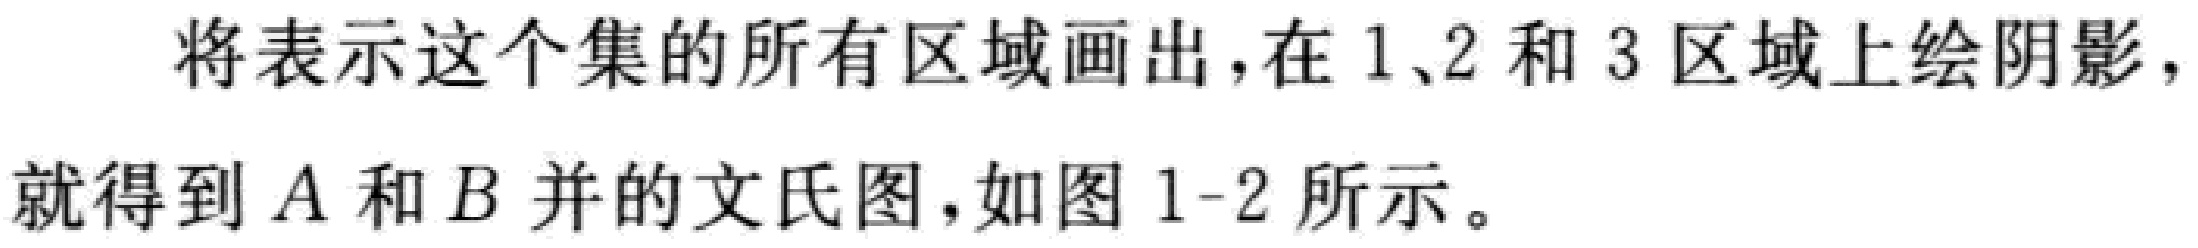
将表示这个集的所有区域画出，在 1、2 和 3 区域上绘阴影，就得到 \(A\) 和 \(B\) 并的文氏图，如图 1-2 所示。